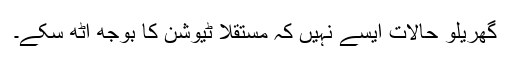
گھریلو حالات ایسے نہیں کہ مستقلاً ٹیوشن کا بوجھ اٹھ سکے۔